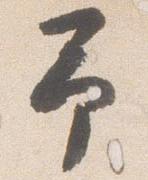
予